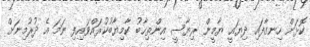
ކޮޅަށް ހިނގާފައި ދިޔައީ ޔާމީން ރިޔާސީ އިންތިޚާބު ކާމިޔާބުކުރައްވައިފި ނަމަ އެ ދުރުމިނަށް